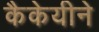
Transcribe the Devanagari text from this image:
कैकेयीने